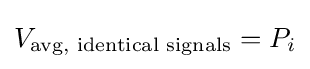
V_{\text{avg, identical signals}}=P_{i}